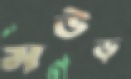
মউড়